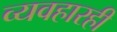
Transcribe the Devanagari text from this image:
व्यवहारही